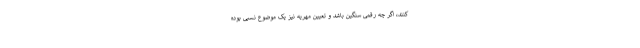
کنند، اگر چه رقمی سنگین باشد و تعیین مهریه نیز یک موضوع نسبی بوده